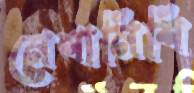
মেশামিশি